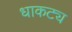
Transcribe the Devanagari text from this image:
धाकट्य